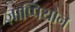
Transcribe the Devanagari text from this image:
ज़ाप्पियोन